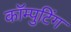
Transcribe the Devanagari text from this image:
कॉम्पुटिंग